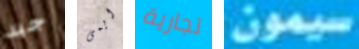
جيد ايمى تجارية سيمون